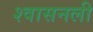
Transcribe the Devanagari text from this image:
श्‍वासनली